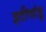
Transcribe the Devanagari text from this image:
इटीदांडू